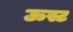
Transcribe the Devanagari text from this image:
ऊस्ट